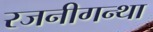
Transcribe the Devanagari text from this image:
रजनीगन्था